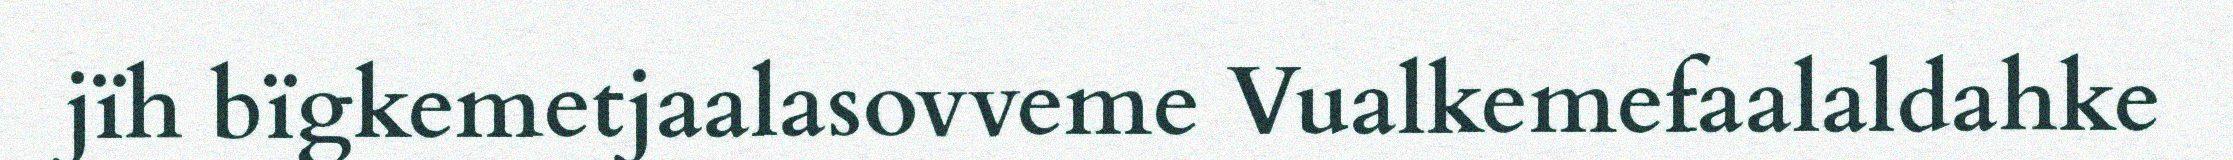
jïh bïgkemetjaalasovveme Vualkemefaalaldahke